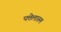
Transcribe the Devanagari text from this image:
पत्तेलारुम